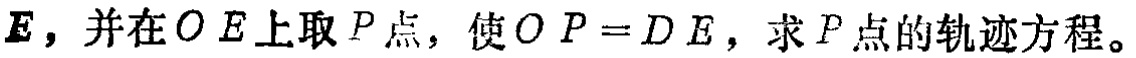
$E，并在OE上取P点，使OP = DE，求P点的轨迹方程。$